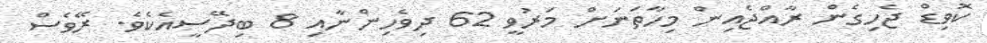
ކޮވިޑް ޖެހިގެން ރާއްޖެއިން މިހާތަނަށް މަރުވީ 62 ދިވެހިންނާއި 8 ބިދޭސީއެކެވެ. ރޭވެސް